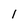
Character: l